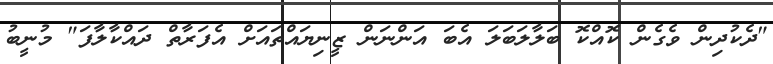
"ދެކުދިން ވެގެން ކޮއްކޮ ބަލާލަބަލަ އެބަ އަންނަން ޒީނިޔައްތައަށް އެފަރާތް ދައްކާލާފަ" މުނީބު